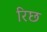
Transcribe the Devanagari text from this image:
रिछ